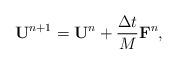
LaTeX: \begin{align*}\mathbf{U}^{n+1} = \mathbf{U}^{n} + \dfrac{\Delta t}{M}\mathbf{F}^{n},\end{align*}